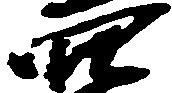
穴